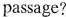
passage?